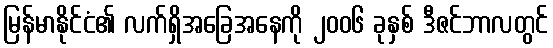
မြန်မာနိုင်ငံ၏ လက်ရှိအခြေအနေကို ၂၀၀၆ ခုနှစ် ဒီဇင်ဘာလတွင်